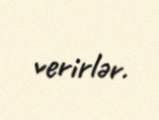
verirlər.